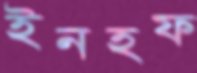
ইনহফ